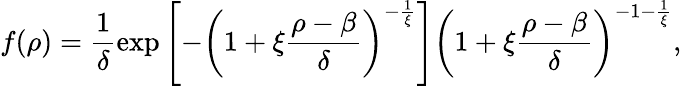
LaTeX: f(\rho)=\frac{1}{\delta}\exp\left[-\left(1+\xi\frac{\rho-\beta}{\delta}\right)^{-\frac{1}{\xi}}\right]\left(1+\xi\frac{\rho-\beta}{\delta}\right)^{-1-\frac{1}{\xi}},